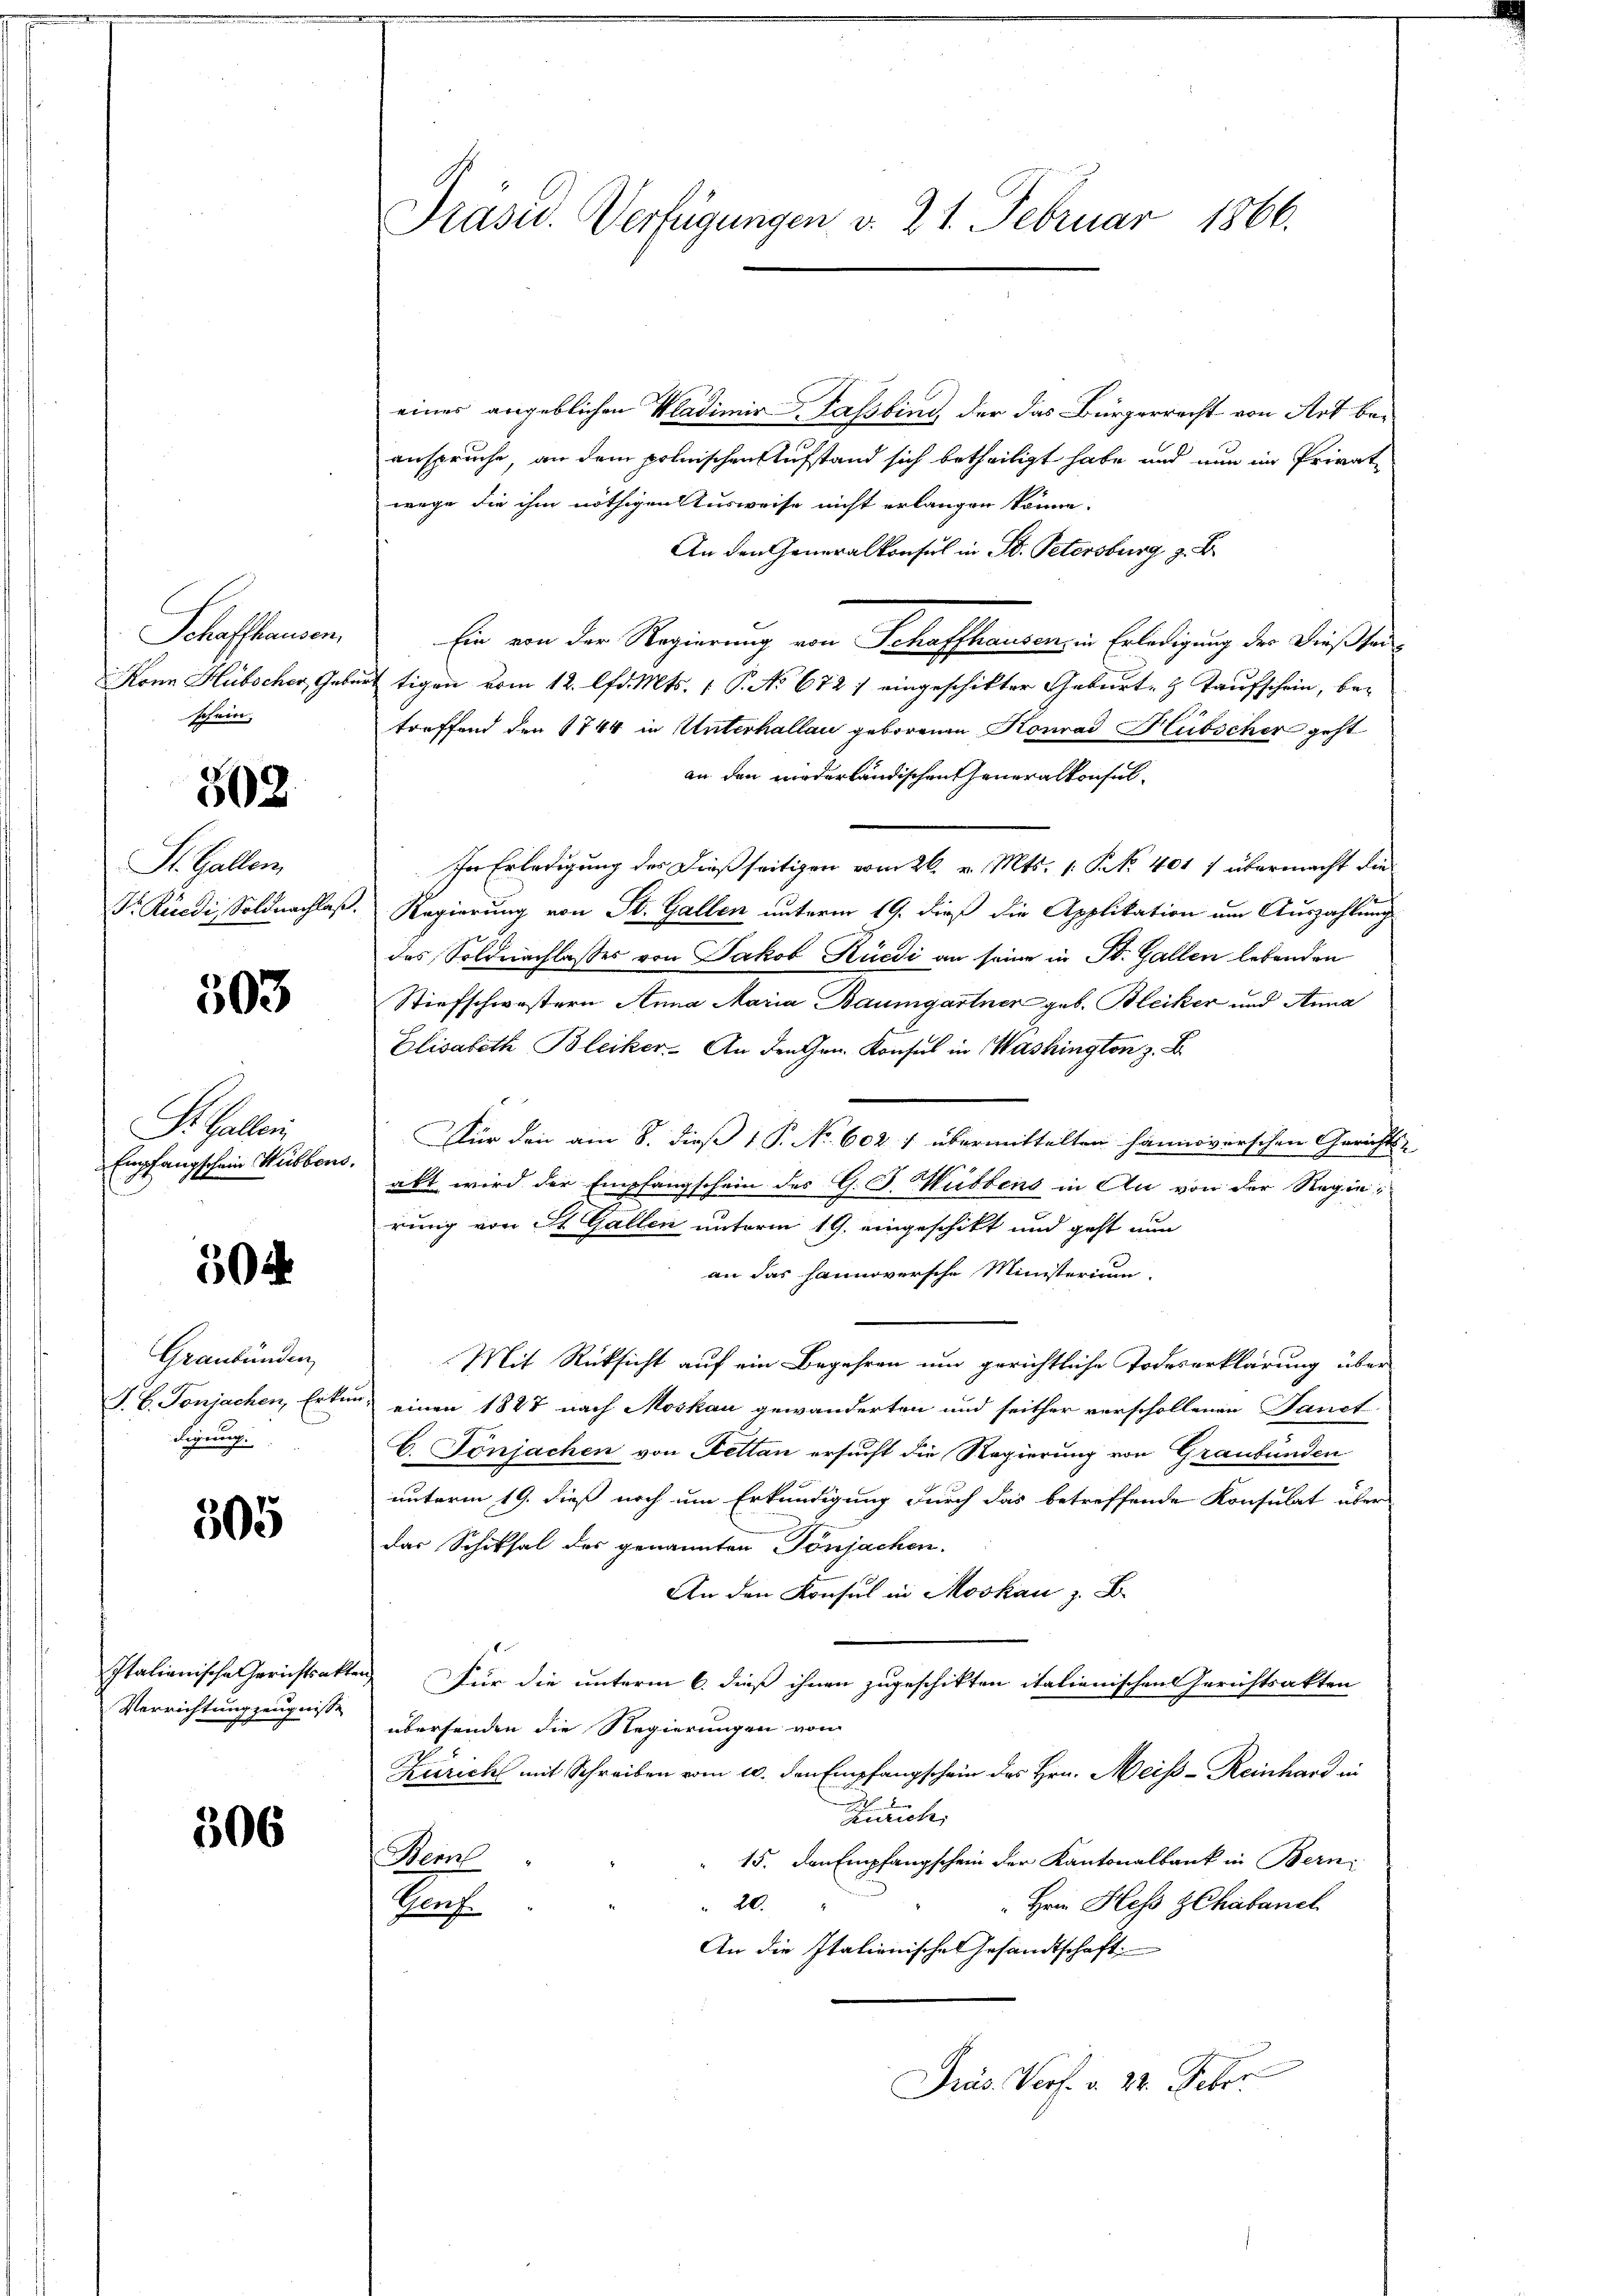
Schaffhausen.
Konn Hübscher Gebe
schein

502

St. Gallen
Dr. Rüedi, Soldnachlaß.

503

Hallen.
Empfangschein Hubbens.

504

Graubünden
J. C. Tonjachen, Erken
Regierung

305

Italienische Gerichtsakte
Verrichtung zeugnisse

506

Präsid. Verfügungen v. 21. Februar 1866.

eines angeblichen Mladimir Passing, der das Bürgerrecht von Art beanspruche, an dem polnischen Aufstand sich betheiligt habe und nun im Privat-
wege die ihm nöthigen Ausweise nicht erlangen könne.
An den Generalkonsul in St. Petersburg z. B.
Ein von der Regierung von Schaffhausen, in Erledigung der Weißten
ettigen vom 12. lfd. Mts. 1 P. No 672 / eingeschikter Geburt- & Taufschein, be-
treffend den 1744 in Unterhallau geborenen Konrad Hübscher geht
an den niederländischen Generalkonsul¬
In Erledigung des dießseitigen vom 26. v. Mts. 1 S. 401 1 übermacht die
Regierung von St. Gallen unterm 19. dieß die Applikation um Auszahlung
das Soldnachlasses von Jakob Rüedi an seine in St. Gallen lebenden
Stiefschwestern Anna Maria Baumgartner geb. Bleiker und Anna
Elisabeth Bleiker. An den Hrn. Konsul in Washington z. B.
Für den am 8. dieß 1 P. No. 602. 7 übermittelten hannoverschen Gerichts-
abt wird der Empfangschein des G. J. Hubbens in An von der Regierung von St. Gallen unterm 19. eingeschikt und geht nun
an das Hannoversche Ministerium
Mit Rücksicht auf ein Begehren und gerichtliche Todeserklärung über
einen 1847 nach Moskau gewanderten und seither verschollenen Sanct
C. Tönjachen von Nettan ersucht die Regierung von Graubünden
unterm 19. dieß noch um Erkundigung durch das betreffende Konsulat über
das Schiksal des genannten Tönjachen.
An den Konsul in Moskau z. B.
Für die unterm 6. dieß ihnen zugeschikten italienischen Gerichtsakten
übersenden die Regierungen von
Zürich mit Schreiben vom 10. den Empfangschein des Hrn. Meiß-Reinhard in
d
Zürich
Hern
15. den Empfangschein der Kantonalbank in Bern
Hrn. Hess ZChábanel
20.
Genf
An die Italienisches Gesandtschaft.
Präs. Verf. v. 24. Feber